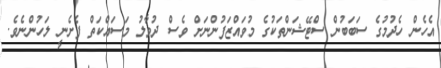
އެހެން ހެދުމުގެ ސަބަބުން ސްޓޭޝަންތަކުގެ މުވައްޒަފުންނަށް ވެސް ދުވާލު މަސައްކަތް ފެށެނީ ލަހުންނެވެ.